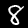
Digit: 8